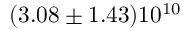
( 3 . 0 8 \pm 1 . 4 3 ) 1 0 ^ { 1 0 }